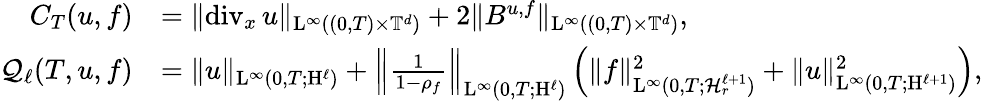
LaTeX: \begin{array}{rl}{C_{T}(u,f)}&{=\Vert\mathrm{div}_{x}\, u\Vert_{\mathrm{L}^{\infty}((0,T)\times\mathbb T^{d})}+2\Vert B^{u,f}\Vert_{\mathrm{L}^{\infty}((0,T)\times\mathbb T^{d})},}\\ {\mathcal{Q}_{\ell}(T,u,f)}&{=\Vert u\Vert_{\mathrm{L}^{\infty}(0,T;\mathrm{H}^{\ell})}+\left\Vert\frac{1}{1-\rho_{f}}\right\Vert_{\mathrm{L}^{\infty}(0,T;\mathrm{H}^{\ell})}\left(\Vert f\Vert_{\mathrm{L}^{\infty}(0,T;\mathcal{H}_{r}^{\ell+1})}^{2}+\Vert u\Vert_{\mathrm{L}^{\infty}(0,T;\mathrm{H}^{\ell+1})}^{2}\right),}\end{array}